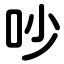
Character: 吵